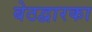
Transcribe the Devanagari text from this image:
बेठद्वारका